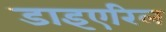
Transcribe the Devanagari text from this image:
डाइएरिल